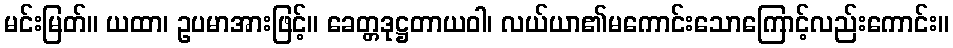
မင်းမြတ်။ ယထာ၊ ဥပမာအားဖြင့်။ ခေတ္တဒုဋ္ဌတာယဝါ၊ လယ်ယာ၏မကောင်းသောကြောင့်လည်းကောင်း။